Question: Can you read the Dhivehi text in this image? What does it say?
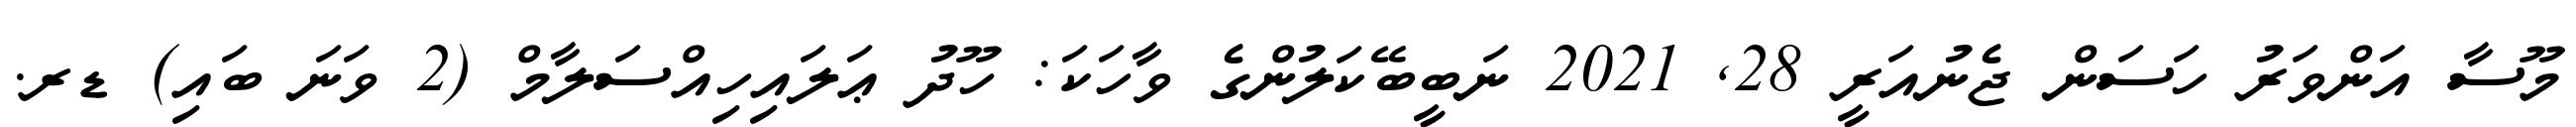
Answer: މޫސާ އަންވަރު ހަސަން ޖެނުއަރީ 28, 2021 ނަބީބޭކަލުންގެ ވާހަކަ: ހޫދު ޢަލައިހިއްސަލާމް (2 ވަނަ ބައި) ޑރ.